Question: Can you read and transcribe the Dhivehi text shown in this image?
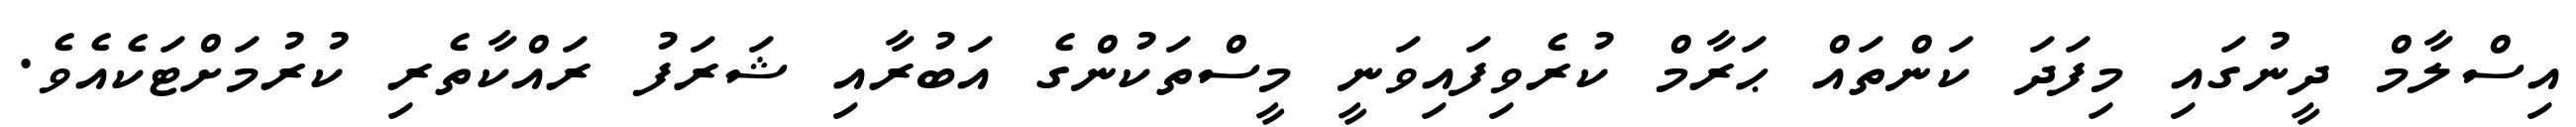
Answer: އިސްލާމް ދީނުގައި މިފަދަ ކަންތައް ޙަރާމް ކުރެވިފައިވަނީ މީސްތަކުންގެ އަބުރާއި ޝަރަފު ރައްކާތެރި ކުރުމަށްޓަކެއެވެ.